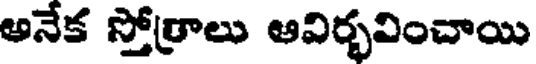
అనేక స్తోత్రాలు ఆవిర్భవించాయి